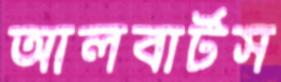
আলবার্টস